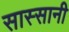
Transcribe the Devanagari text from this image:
सास्सानी